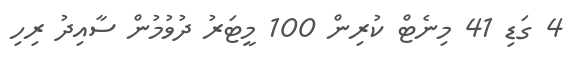
4 ގަޑި 41 މިނެޓް ކުރިން 100 މީޓަރު ދުވުމުން ސާއިދު ރިހި